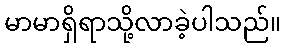
မာမာရှိရာသို့လာခဲ့ပါသည်။